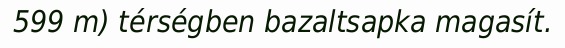
599 m) térségben bazaltsapka magasít.